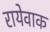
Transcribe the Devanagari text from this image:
रायेवाक